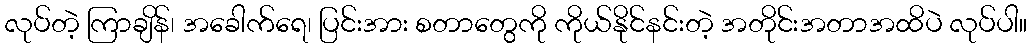
လုပ်တဲ့ ကြာချိန်၊ အခေါက်ရေ၊ ပြင်းအား စတာတွေကို ကိုယ်နိုင်နင်းတဲ့ အတိုင်းအတာအထိပဲ လုပ်ပါ။